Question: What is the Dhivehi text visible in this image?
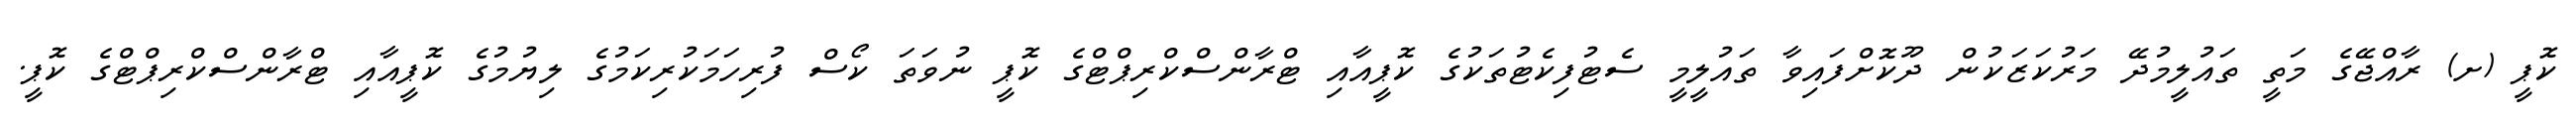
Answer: ކޮޕީ (ށ) ރާއްޖޭގެ މަތީ ތައުލީމުދޭ މަރުކަޒަކުން ދޫކޮށްފައިވާ ތައުލީމީ ސެޓުފިކެޓުތަކުގެ ކޮޕީއާއި ޓްރާންސްކްރިޕްޓްގެ ކޮޕީ ނުވަތަ ކޯސް ފުރިހަމަކުރިކަމުގެ ލިޔުމުގެ ކޮޕީއާއި ޓްރާންސްކްރިޕްޓްގެ ކޮޕީ.